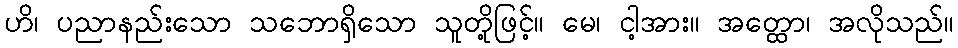
ဟိ၊ ပညာနည်းသော သဘောရှိသော သူတို့ဖြင့်။ မေ၊ ငါ့အား။ အတ္ထော၊ အလိုသည်။